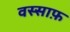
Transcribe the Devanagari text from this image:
वस्साफ़